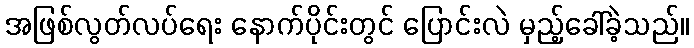
အဖြစ်လွတ်လပ်ရေး နောက်ပိုင်းတွင် ပြောင်းလဲ မှည့်ခေါ်ခဲ့သည်။